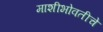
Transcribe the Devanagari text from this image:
माशीभोवतीचे